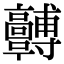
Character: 𩫯